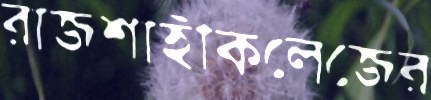
রাজশাহীকলেজের